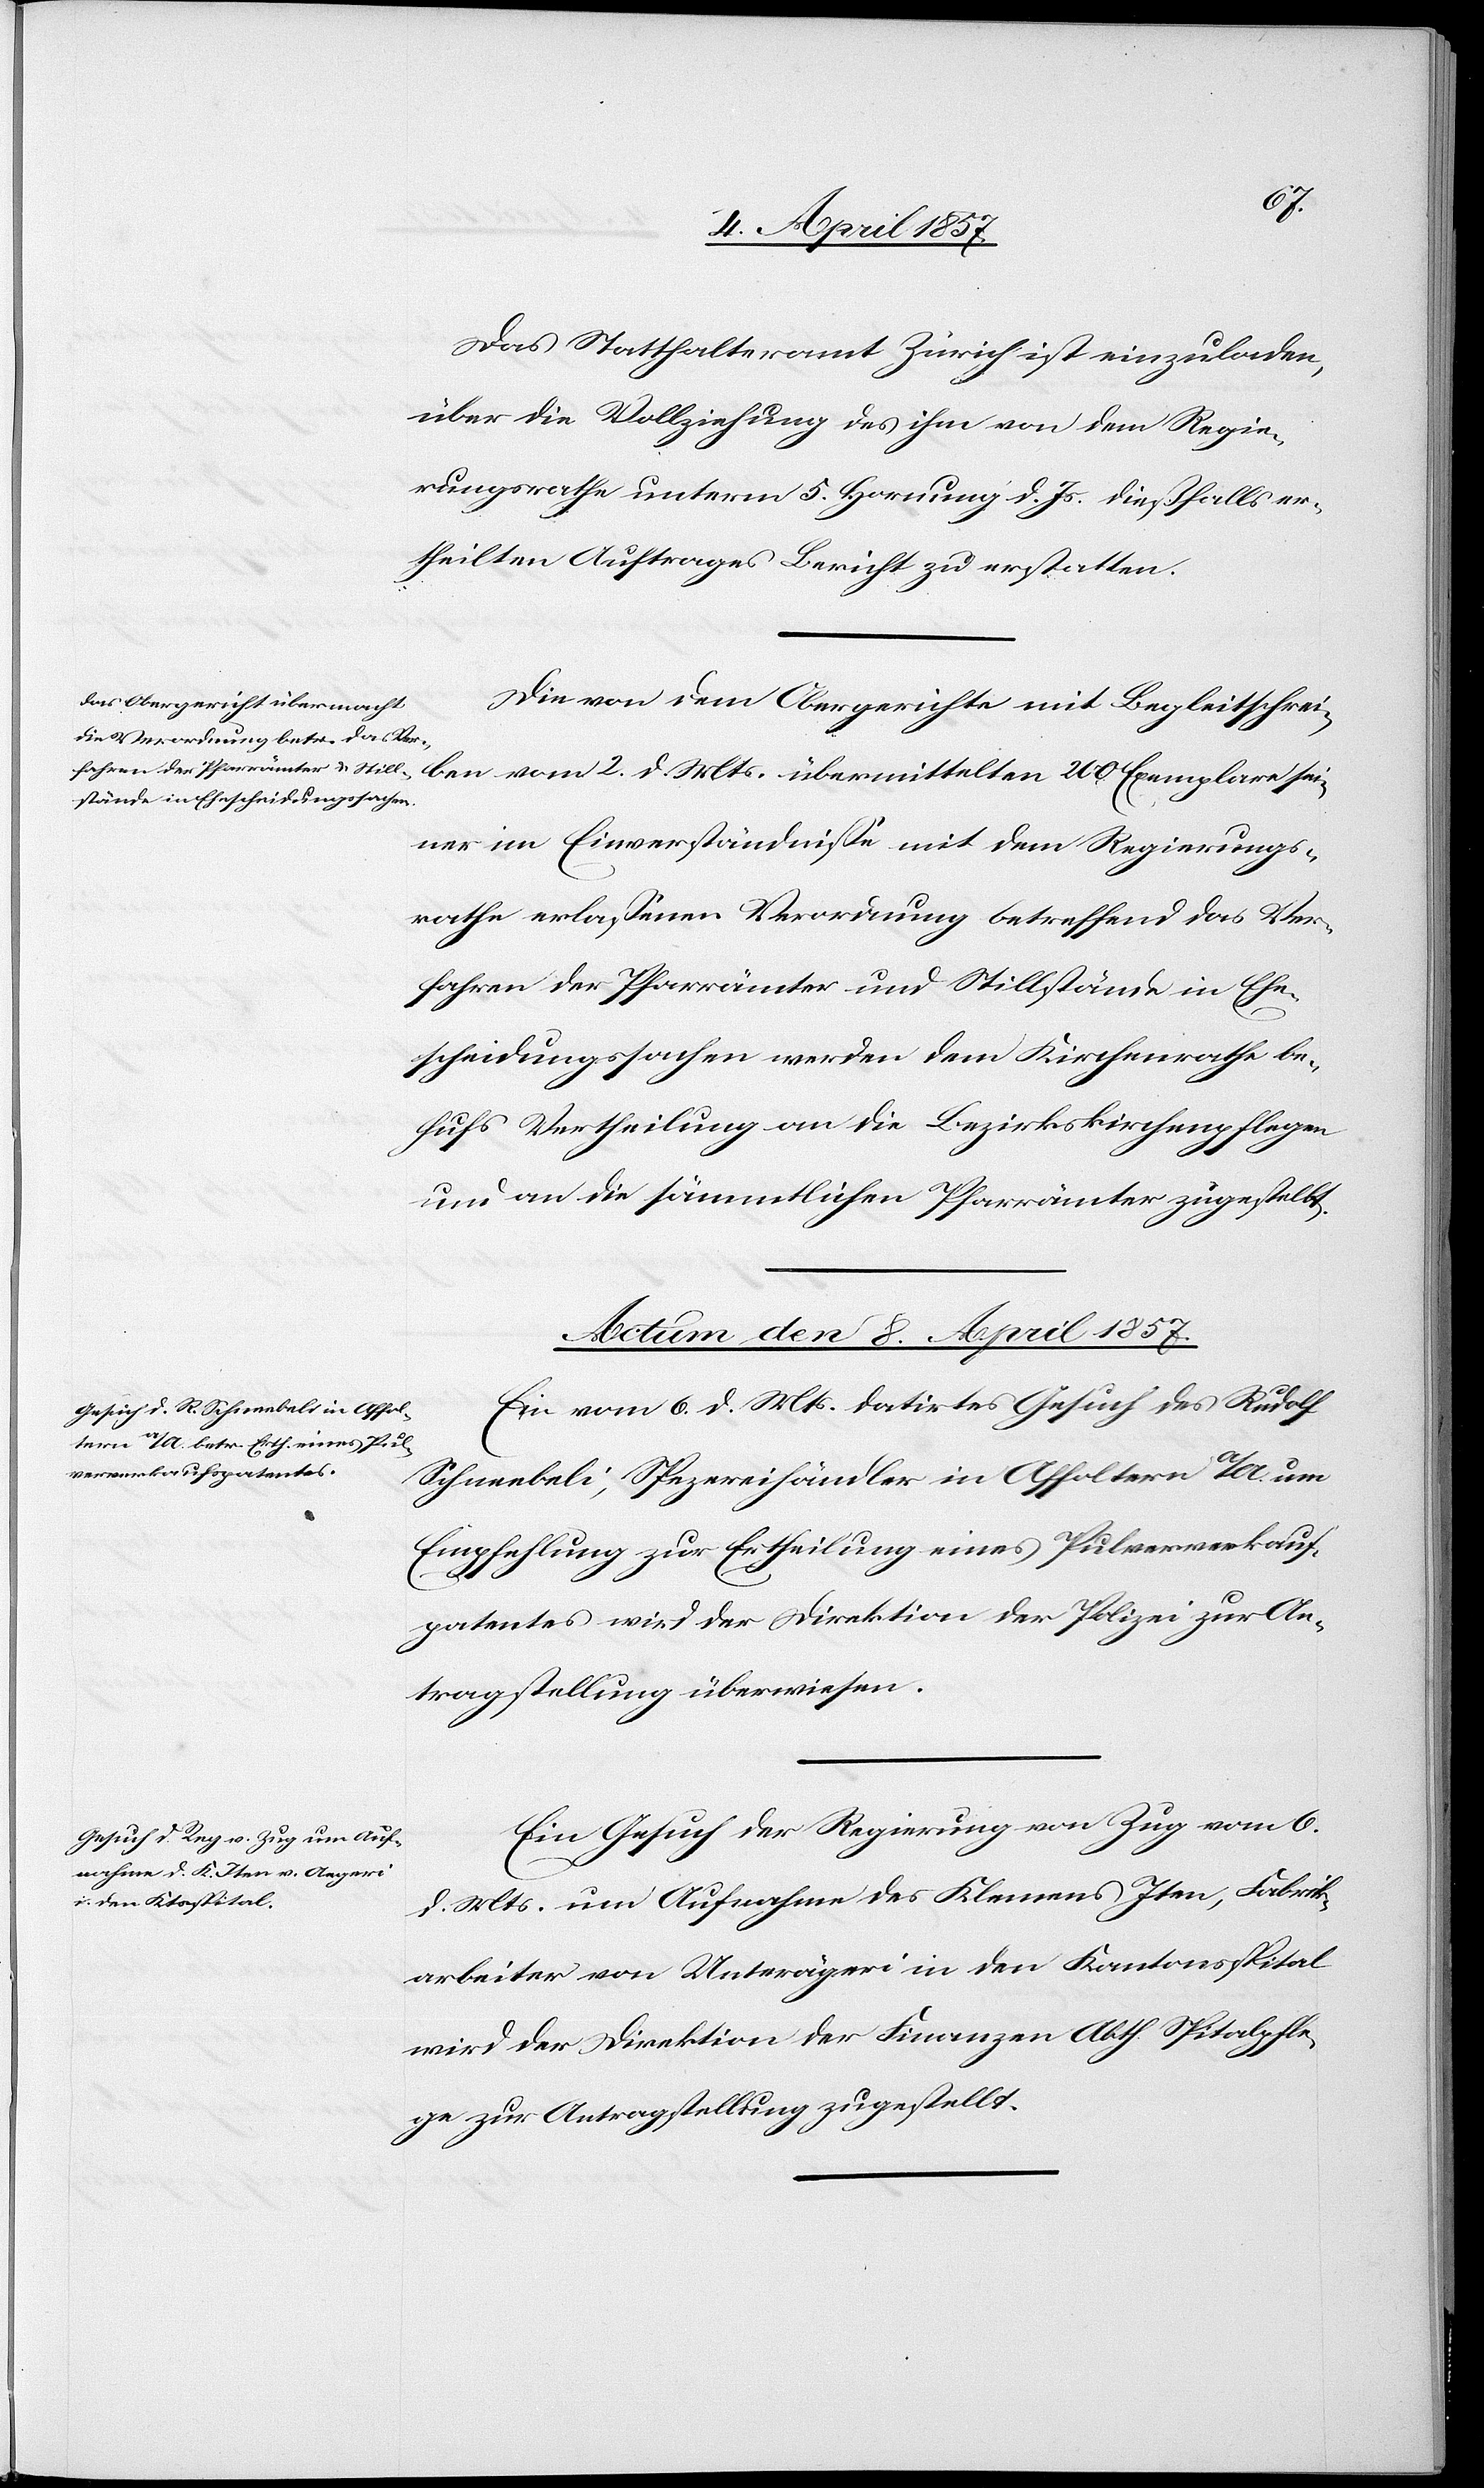
Das Statthalteramt Zürich ist einzuladen,
über die Vollziehung des ihm von dem Regie¬
rungsrathe unterm 5. Hornung d. Js. dießfalls er¬
theilten Auftrages Bericht zu erstatten.
Die von dem Obergerichte mit Begleitschrei¬
ben vom 2. d. Mts. übermittelten 200 Exemplare sei¬
ner im Einverständnisse mit dem Regierungs¬
rathe erlassenen Verordnung betreffend das Ver¬
fahren der Pfarrämter und Stillstände in Ehe¬
scheidungssachen werden dem Kirchenrathe be¬
hufs Vertheilung an die Bezirkskirchenpflege
und an die sämmtlichen Pfarrämter zugestellt.
Actum den 8. April 1857.]
Ein vom 8. d. Mts. datirtes Gesuch des Rudolf
Schneebeli, Spezereihändler in Affoltern a/A. um
Empfehlung zur Ertheilung eines Pulververkauf¬
patentes wird der Direktion der Polizei zur An¬
tragstellung überwiesen.
Ein Gesuch der Regierung von Zug vom 6.
d. Mts. um Aufnahme des Klemens Iten, Fabrik¬
arbeiter von Unterägeri in den Kantonsspital
wird der Direktion der Finanzen Abth. Spitalpfle¬
ge zur Antragstellung zugestellt.